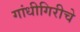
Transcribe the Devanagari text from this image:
गांधीगिरीचे